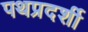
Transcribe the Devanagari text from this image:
पथप्रदर्शी